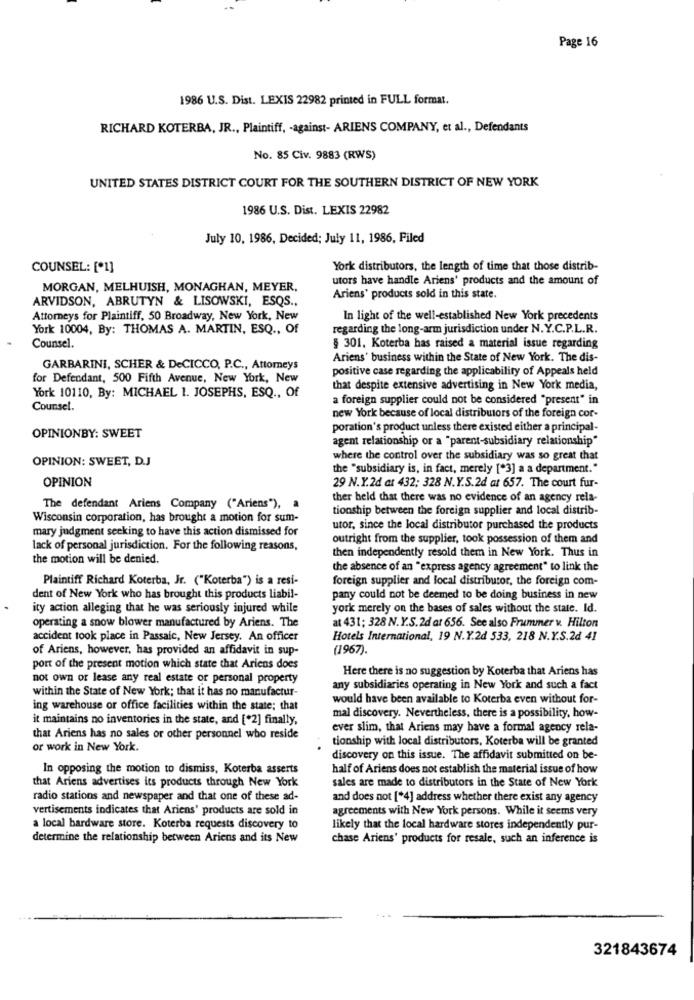
Page 16
1986 U.S. Dist. LEXIS 22982 printed in FULL format.
RICHARD KOTERBA, JR ., Plaintiff, - against- ARIENS COMPANY, et al ., Defendants
No. 85 Civ. 9883 (RWS)
UNITED STATES DISTRICT COURT FOR THE SOUTHERN DISTRICT OF NEW YORK
1986 U.S. Dist. LEXIS 22982
July 10, 1986, Decided; July 11, 1986, Piled
COUNSEL: [*1]
York distributors, the length of time that those distrib-
utors have handle Ariens' products and the amount of
MORGAN, MELHUISH, MONAGHAN, MEYER,
ARVIDSON, ABRUTYN & LISOWSKI, ESQS .,
Ariens' products sold in this state.
Attorneys for Plaintiff, 50 Broadway, New York, New
In light of the well-established New York precedents
York 10004, By: THOMAS A. MARTIN, ESQ ., Of
regarding the long-arm jurisdiction under N.Y.C.P.L.R.
Counsel.
§ 301. Koterba has raised a material issue regarding
Ariens' business within the State of New York. The dis-
GARBARINI, SCHER & DeCICCO, P.C ., Attorneys
positive case regarding the applicability of Appeals held
for Defendant, 500 Fifth Avenue, New York, New
that despite extensive advertising in New York media,
York 10110, By: MICHAEL 1. JOSEPHS, ESQ ., Of
a foreign supplier could not be considered "present" in
Counsel.
new York because of local distributors of the foreign cor-
poration's product unless there existed either a principal-
OPINIONBY: SWEET
agent relationship or a "parent-subsidiary relationship"
OPINION: SWEET, D.J
where the control over the subsidiary was so great that
the "subsidiary is, in fact, merely ["3] a a department."
OPINION
29 N.Y.2d at 432; 328 N.Y.S.2d at 657. The court fur-
ther held that there was no evidence of an agency rela-
The defendant Ariens Company ("Ariens"),
tionship between the foreign supplier and local distrib-
Wisconsin corporation, has brought a motion for sum-
mary judgment seeking to have this action dismissed for
utor, since the local distributor purchased the products
outright from the supplier, took possession of them and
lack of personal jurisdiction. For the following reasons,
then independently resold them in New York. Thus in
the motion will be denied.
the absence of an "express agency agreement" to link the
Plaintiff Richard Koterba, Jr. ("Koterba") is a resi-
foreign supplier and local distributor, the foreign com-
dent of New York who has brought this products liabil-
pany could not be deemed to be doing business in new
ity action alleging that he was seriously injured while
york merely on the bases of sales without the state. Id.
operating a snow blower manufactured by Ariens. The
at 431; 328 N.Y.S.2d at 656. See also Frummer v. Hilton
accident took place in Passaic, New Jersey. An officer
Hotels International, 19 N.Y.2d 533, 218 N.Y.S.2d 41
of Ariens, however, has provided an affidavit in sup-
(1967).
port of the present motion which state that Ariens does
Here there is no suggestion by Koterba that Ariens has
not own or lease any real estate or personal property
within the State of New York; that it has no manufactur-
any subsidiaries operating in New York and such a fact
would have been available to Koterba even without for-
ing warehouse or office facilities within the state; that
it maintains no inventories in the state, and ["2] finally,
mal discovery. Nevertheless, there is a possibility, how-
ever slim, that Ariens may have a formal agency rela-
that Ariens has no sales or other personnel who reside
tionship with local distributors, Koterba will be granted
or work in New York.
discovery on this issue. The affidavit submitted on be-
In opposing the motion to dismiss, Koterba asserts
half of Ariens does not establish the material issue of how
that Ariens advertises its products through New York
sales are made to distributors in the State of New York
radio stations and newspaper and that one of these ad-
and does not [*4] address whether there exist any agency
vertisements indicates that Ariens' products are sold in
agreements with New York persons. While it seems very
a local hardware store. Koterba requests discovery to
likely that the local hardware stores independently pur-
determine the relationship between Ariens and its New
chase Ariens' products for resale, such an inference is
321843674